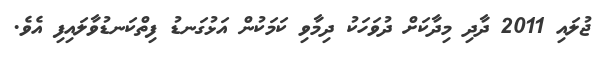
ޖުލައި 2011 ދާދި މިދާކަށް ދުވަހަކު ދިމާވި ކަމަކުން އަޅުގަނޑު ފިތްކަނޑުވާލައިފި އެވެ.